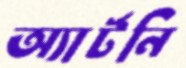
অ্যার্টনি